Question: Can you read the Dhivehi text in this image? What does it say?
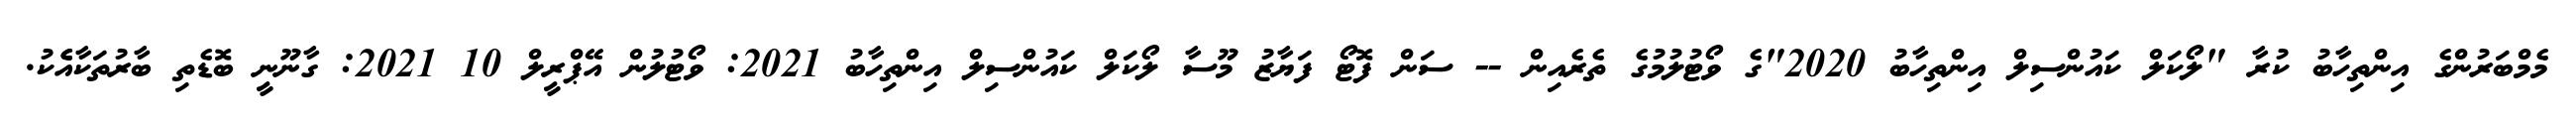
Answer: މެމްބަރުންގެ އިންތިހާބު ކުރާ "ލޯކަލް ކައުންސިލް އިންތިހާބު 2020"ގެ ވޯޓުލުމުގެ ތެރެއިން -- ސަން ފޮޓޯ ފަޔާޒު މޫސާ ލޯކަލް ކައުންސިލް އިންތިހާބު 2021: ވޯޓުލުން އޭޕްރީލް 10 2021: ގާނޫނީ ބޮޑެތި ބާރުތަކާއެެކު.